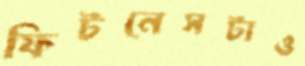
ফিটনেসটাও